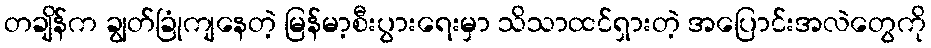
တချိန်က ချွတ်ခြုံကျနေတဲ့ မြန်မာ့စီးပွားရေးမှာ သိသာထင်ရှားတဲ့ အပြောင်းအလဲတွေကို